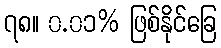
၇၈။ ၀.၀၁% ဖြစ်နိုင်ခြေ